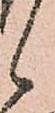
候